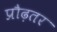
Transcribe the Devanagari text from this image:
प्रौढ़तर